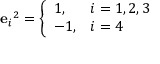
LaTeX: { \mathbf { e } _ { i } } ^ { 2 } = { \left\{ \begin{array} { l l } { 1 , } & { i = 1 , 2 , 3 } \\ { - 1 , } & { i = 4 } \end{array} \right. }